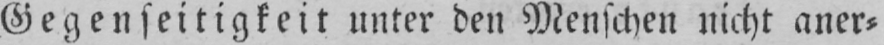
Gegenseitigkeit unter den Menschen nicht aner⸗